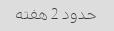
حدود 2 هفته